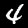
Digit: 4